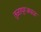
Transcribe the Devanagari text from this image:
तुळापूरजवळ